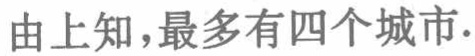
由上知，最多有四个城市.